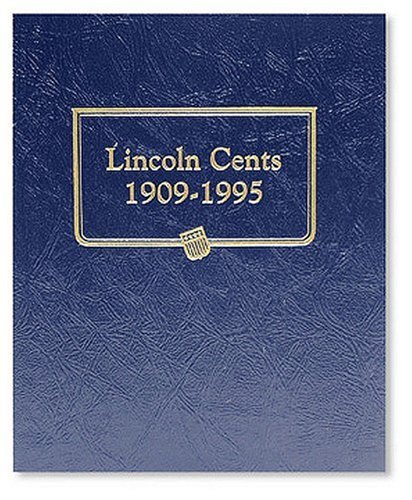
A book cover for Lincoln Cents 1909-1995, Album; Whitman; Crafts, Hobbies & Home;